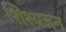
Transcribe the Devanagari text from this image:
शिश्यजन